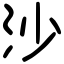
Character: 沙